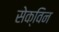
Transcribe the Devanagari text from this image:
सेक्विन